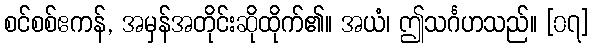
စင်စစ်ဧကန်, အမှန်အတိုင်းဆိုထိုက်၏။ အယံ၊ ဤသင်္ဂဟသည်။ [၀၇]